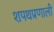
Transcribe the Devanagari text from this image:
शपथप्रणाली